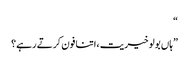
“
”ہاں بولو خیریت ،اتنا فون کرتے رہے؟